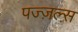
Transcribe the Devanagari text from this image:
पज्ज़ल्स